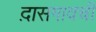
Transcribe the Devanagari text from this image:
द़ासगावची